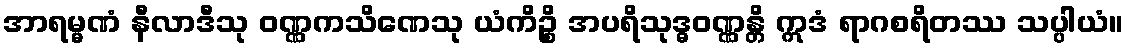
အာရမ္မဏံ နီလာဒီသု ဝဏ္ဏကသိဏေသု ယံကိဉ္စိ အပရိသုဒ္ဓဝဏ္ဏန္တိ ဣဒံ ရာဂစရိတဿ သပ္ပါယံ။